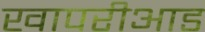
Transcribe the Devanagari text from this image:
खापरीआड